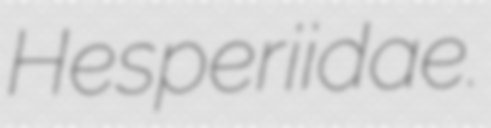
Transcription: Hesperiidae.